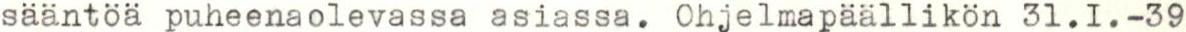
sääntöa puheenaolevassa asiassa. Ohjelmapäällikön 31.1. -39